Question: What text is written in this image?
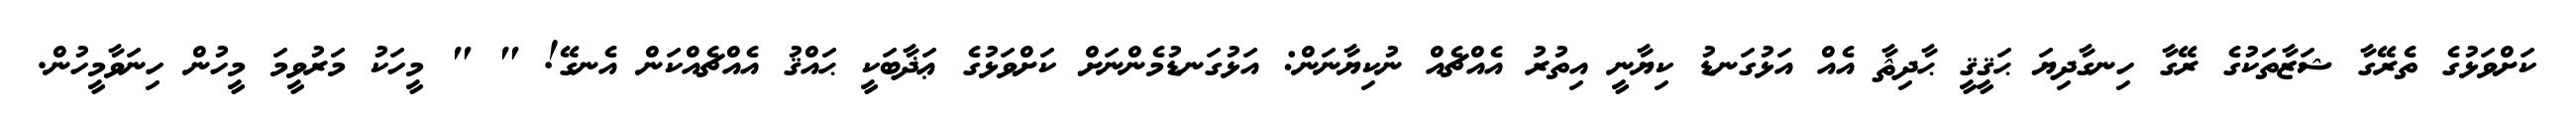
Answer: ކަށްވަޅުގެ ތެރޭގާ ޝަޒާތަކުގެ ރޭގާ ހިނގާދިޔަ ޙަޤީޤީ ޙާދިޘާ އެއް އަޅުގަނޑު ކިޔާނީ އިތުރު އެއްޗެއް ނުކިޔާނަން: އަޅުގަނޑުމެންނަށް ކަށްވަޅުގެ ޢަޛާބަކީ ޙައްޤު އެއްޗެއްކަން އެނގޭ! " " މީހަކު މަރުވީމަ މީހުން ހިނަވާމީހުން.